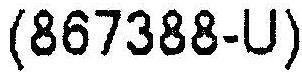
(867388-U)